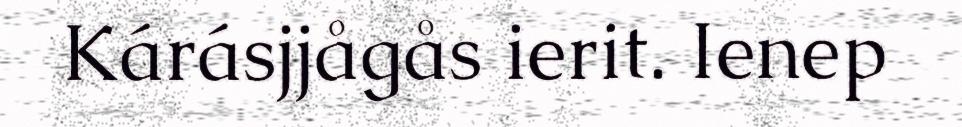
Kárásjjågås ierit. Ienep